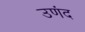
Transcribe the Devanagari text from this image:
उणंद